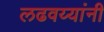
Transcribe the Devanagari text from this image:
लढवय्यांनी